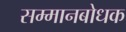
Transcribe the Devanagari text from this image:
सम्मानबोधक